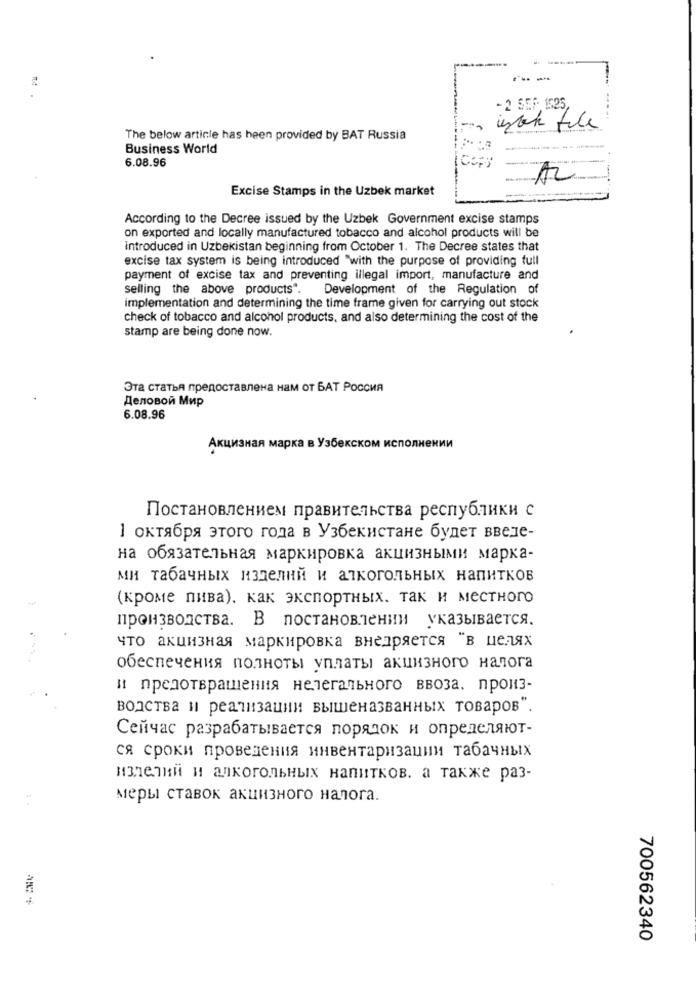
- 2 SEF 1525,
nach file
The below article has been provided by BAT Russia
Business World
6.08.96
Com
AZ
Excise Stamps in the Uzbek market
According to the Decree issued by the Uzbek Government excise stamps
on exported and locally manufactured tobacco and alcohol products will be
Introduced in Uzbekistan beginning from October 1. The Decree states that
excise tax system is being introduced "with the purpose of providing full
payment of excise tax and preventing illegal import, manufacture and
selling the above products".
Development of the Regulation of
implementation and determining the time frame given for carrying out stock
check of tobacco and alcohol products, and also determining the cost of the
stamp are being done now.
Эта статья предоставлена нам от БАТ Россия
Деловой Мир
6.08.96
Акцизная марка в Узбекском исполнении
Постановлением правительства республики с
1 октября этого года в Узбекистане будет введе-
на обязательная маркировка акцизными марка-
ми табачных изделий и алкогольных напитков
(кроме пива). как экспортных, так и местного
производства. В постановлении указывается.
что акцизная маркировка внедряется "в целях
обеспечения полноты уплаты акцизного налога
и предотвращения нелегального ввоза, произ-
водства и реализации вышеназванных товаров".
Сейчас разрабатывается порядок и определяют-
ся сроки проведения инвентаризации табачных
изделий и алкогольных напитков. а также раз-
меры ставок акцизного налога.
700562340